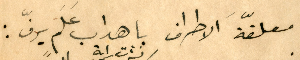
معلّقةَ الاطراف باهداب عَلَمٍ يرفّ: